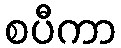
စပီကာ